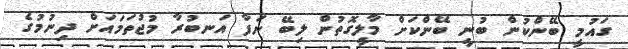
ގައުމީ ބޭންކުން ބުނީ ބޭންކަށް މާލީގޮތުން ލިބޭ ނަފާ އަނބުރާ މުޖުތަމައަށް ދިނުމުގެ